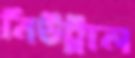
নিউট্রাল